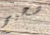
صحيح